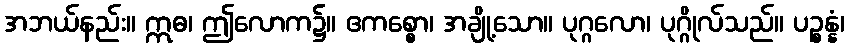
အဘယ်နည်း။ ဣဓ၊ ဤလောက၌။ ဧကစ္စော၊ အချို့သော။ ပုဂ္ဂလော၊ ပုဂ္ဂိုလ်သည်။ ပဉ္စန္နံ၊